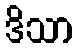
ဒိသာ